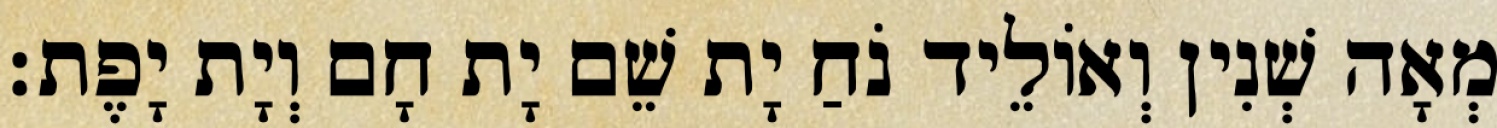
מְאָה שְׁנִין וְאוֹלֵיד נֹחַ יָת שֵׁם יָת חָם וְיָת יָפֶת׃